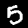
Digit: 5